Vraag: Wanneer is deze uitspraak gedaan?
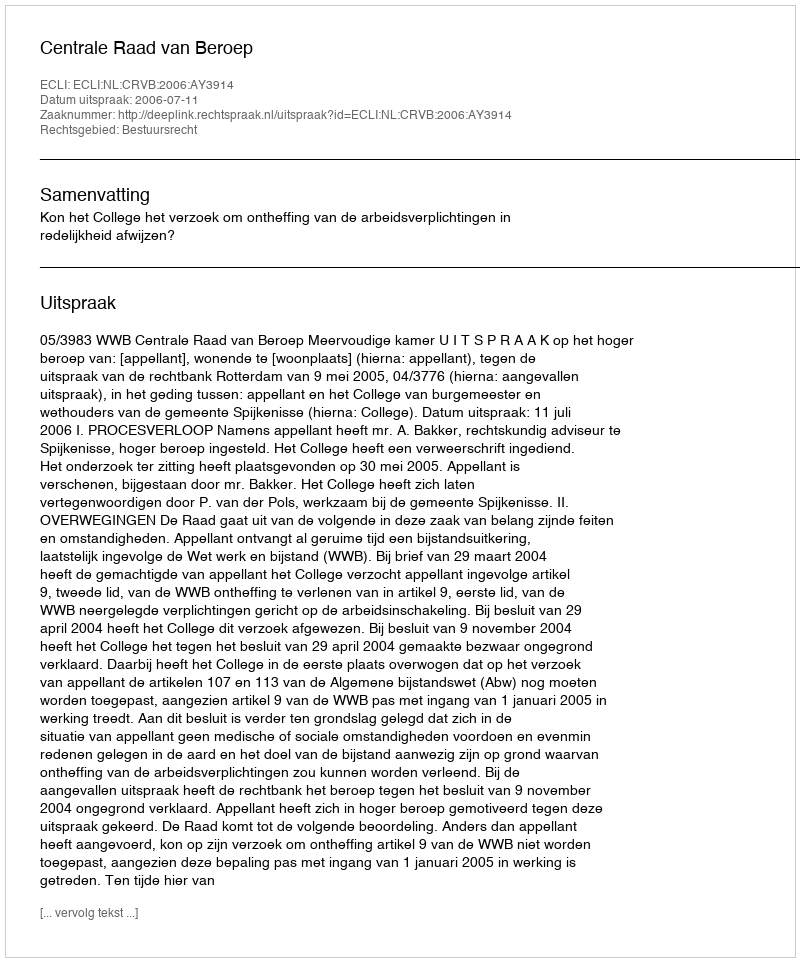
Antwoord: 2006-07-11